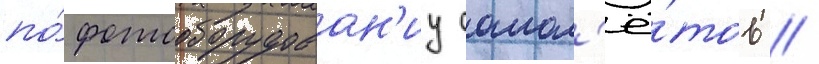
по́ фотооборудован'иу самол'ё́тов //